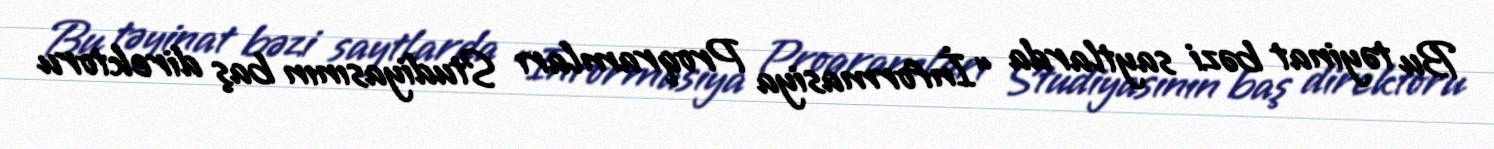
Bu təyinat bəzi saytlarda “İnformasiya Proqramları Studiyasının baş direktoru